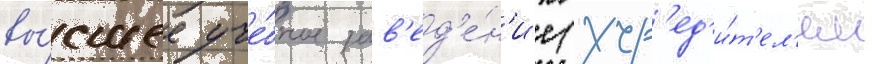
вы́сшее уче́бное зав'ед'е́н'ие (учр'ед'и́т'ел'ем